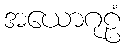
အယောဂုဠံ